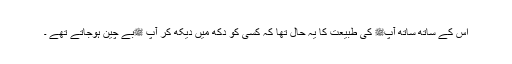
اس کے ساتھ ساتھ آپﷺ کی طبیعت کا یہ حال تھا کہ کسی کو دکھ میں دیکھ کر آپ ﷺبے چین ہوجاتے تھے ۔